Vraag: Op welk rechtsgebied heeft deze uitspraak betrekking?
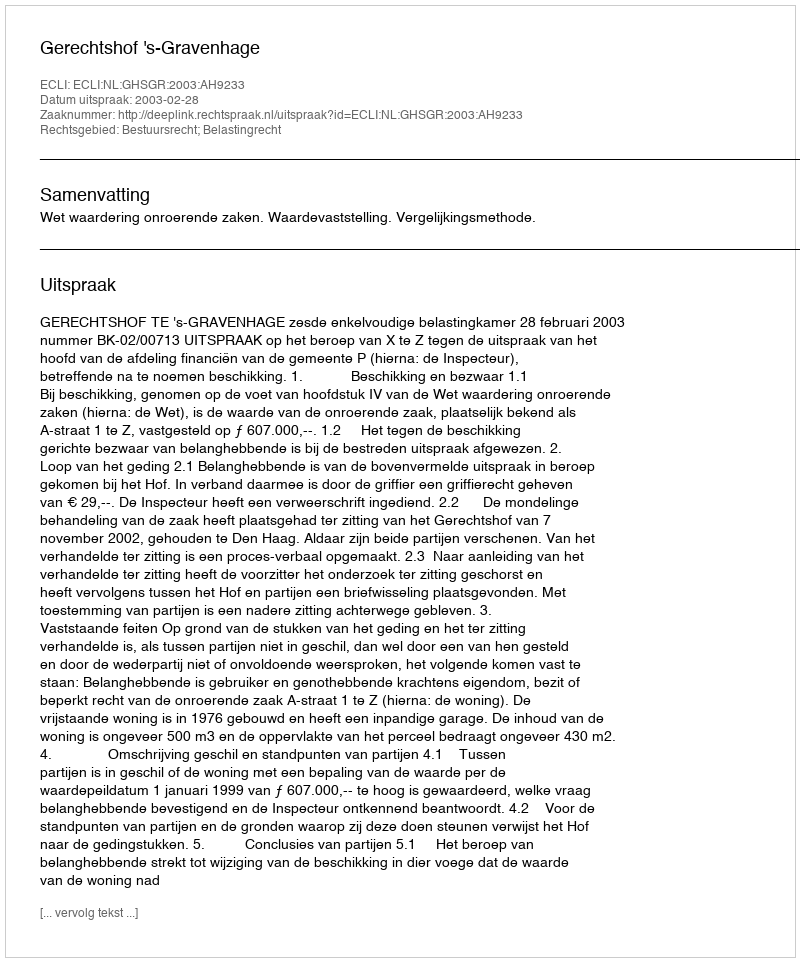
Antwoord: Bestuursrecht; Belastingrecht